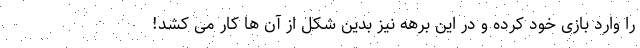
را وارد بازی خود کرده و در این برهه نیز بدین شکل از آن ها کار می کشد!